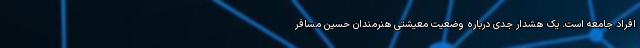
افراد جامعه است. یک هشدار جدی درباره وضعیت معیشتی هنرمندان حسین مسافر